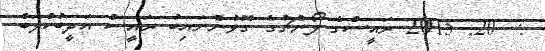
:  20